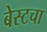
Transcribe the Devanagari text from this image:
बेस्टचा